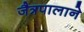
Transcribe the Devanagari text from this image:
जैत्रपालाने